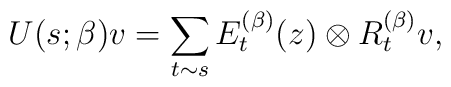
U(s;\beta)v = \sum_{t \sim s} E_t^{(\beta)}(z)\otimes R_t^{(\beta)}v,